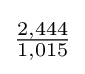
{\tfrac {2,444}{1,015}}